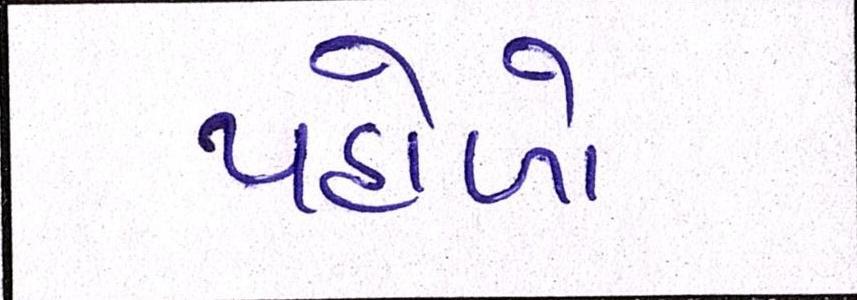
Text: પહોળો